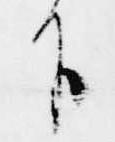
下